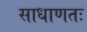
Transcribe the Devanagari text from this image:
साधाणतः